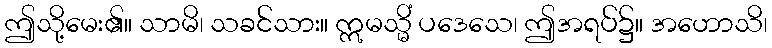
ဤသို့မေး၏။ သာမိ၊ သခင်သား။ ဣမသ္မိံ ပဒေသေ၊ ဤအရပ်၌။ အဟောသိ၊